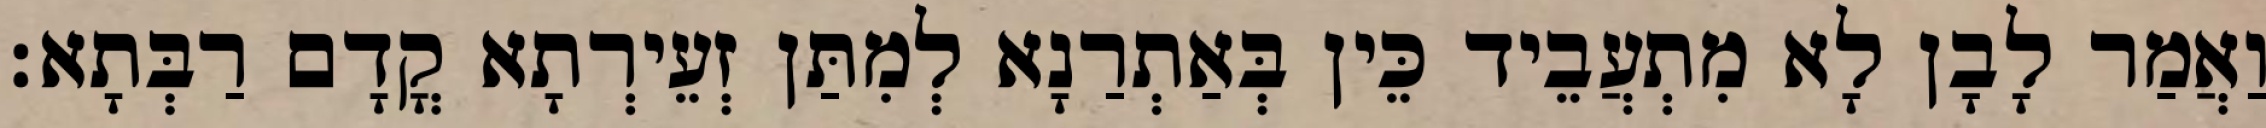
וַאֲמַר לָבָן לָא מִתְעֲבֵיד כֵּין בְּאַתְרַנָא לְמִתַּן זְעֵירְתָא קֳדָם רַבְּתָא׃